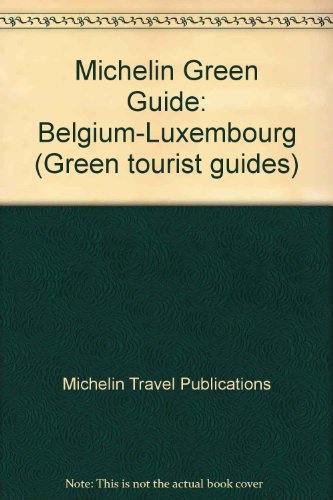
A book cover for Michelin Green Guide: Belgium Grand Duchy of Luxembourg (Tourist Guide); Michelin Travel Publications; Travel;